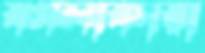
বগলাকারা